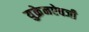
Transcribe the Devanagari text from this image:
युक्रेनऐवजी